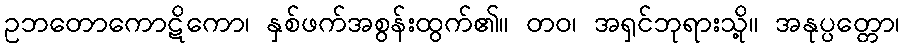
ဥဘတောကောဋိကော၊ နှစ်ဖက်အစွန်းထွက်၏။ တဝ၊ အရှင်ဘုရားသို့။ အနုပ္ပတ္တော၊